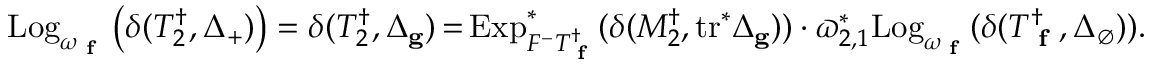
\mathrm { L o g } _ { \omega _ { \textup { \bf f } } } \left( \delta ( T _ { 2 } ^ { \dagger } , \Delta _ { + } ) \right) = \delta ( T _ { 2 } ^ { \dagger } , \Delta _ { \mathbf { g } } ) \, { = } \, \mathrm { E x p } _ { F ^ { - } T _ { \textup { \bf f } } ^ { \dagger } } ^ { * } ( \delta ( M _ { 2 } ^ { \dagger } , \mathrm { t r } ^ { * } \Delta _ { \mathbf { g } } ) ) \cdot \varpi _ { 2 , 1 } ^ { * } \mathrm { L o g } _ { \omega _ { \textup { \bf f } } } ( \delta ( T _ { \textup { \bf f } } ^ { \dagger } , \Delta _ { \emptyset } ) ) .